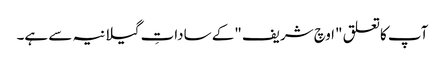
آپ کاتعلق "اوچ شریف "کے ساداتِ گیلانیہ سے ہے۔